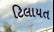
ટિલાયત